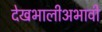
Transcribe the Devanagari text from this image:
देखभालीअभावी